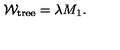
{ \cal W } _ { \mathrm { t r e e } } = \lambda M _ { 1 } .